Report on the working of the Ranchi Indian Mental Hospital, Kanke, in Bihar and Orissa - 1930-1940
Year: 1930
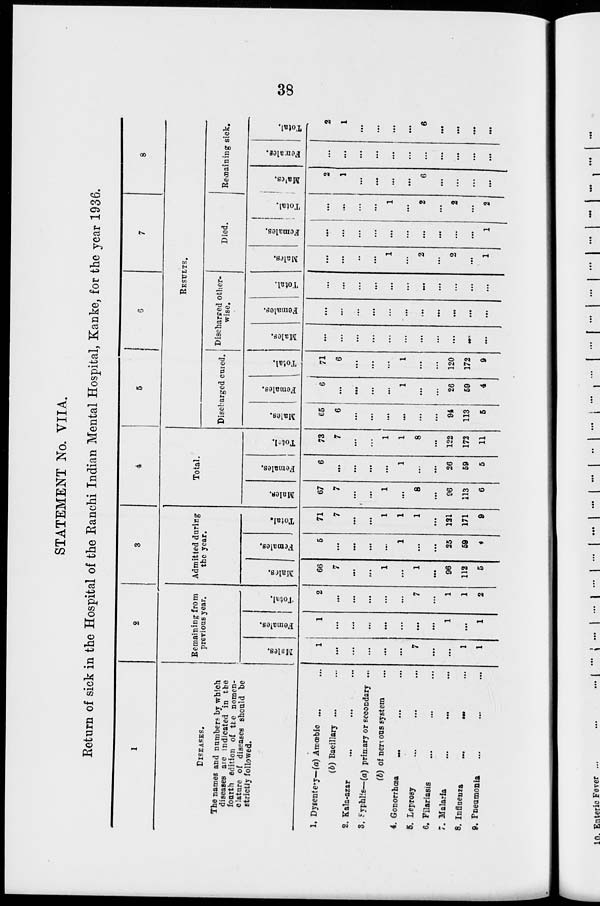
38
STATEMENT No. VIIA.
Return of sick in the Hospital of the Ranchi Indian Mental Hospital, Kanke, for the year 1936.
1
DISEASES.
The names and numbers by which
diseases are indicated in the
fourth edition of the nomen-
clature of diseases should be
strictly followed.
1. Dysentery—(a) Amœbic ... ...
(b) Bacillary ... ...
2. Kala-azar ... ... ...
3. Syphlis—(a) primary or secondary ...
(b) of nervous system ...
4. Gonorrhœa ... ... ...
5. Leprosy ... ... ...
6. Filariasis ... ... ...
7. Malaria ... ... ...
8. Influenza
...
...
...
9. Pneumonia ... ... ...
2
Remaining from
previous year.
Males.
1
...
...
...
...
...
7
...
...
1
1
Females.
1
...
...
...
...
...
...
...
1
...
1
Total.
2
...
...
...
...
...
7
...
1
1
2
3
Admitted during
the year.
Males.
66
7
...
...
1
...
1
...
96
112
5
Females.
5
...
...
...
...
1
...
...
25
59
4
Total.
71
7
...
...
1
1
1
...
121
171
9
4
Total.
Males.
67
7
...
...
1
...
8
...
96
113
6
Females.
6
...
...
...
...
1
...
...
26
59
5
Total.
73
7
...
...
1
1
8
...
122
172
11
5
6
7
8
RESULTS.
Discharged cured.
Males.
65
6
...
...
...
...
...
...
94
113
5
Females.
6
...
...
...
...
1
...
...
26
59
4
Total.
71
6
...
...
...
1
...
...
120
172
9
Discharged other-
wise.
Males.
...
...
...
...
...
...
...
...
...
...
...
Females.
...
...
...
...
...
...
...
...
...
...
...
Total.
...
...
...
...
...
...
...
...
...
...
...
Died.
Males.
...
...
...
...
1
...
2
...
2
...
1
Females.
...
...
...
...
...
...
...
...
...
...
1
Total.
...
...
...
...
1
...
2
...
2
...
2
Remaining sick.
Males.
2
1
...
...
...
...
6
...
...
...
...
Females.
...
...
...
...
...
...
...
...
...
...
...
Total.
2
1
...
...
...
...
6
...
...
...
...